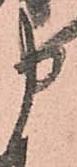
申